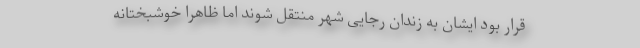
قرار بود ایشان به زندان رجایی شهر منتقل شوند اما ظاهراً خوشبختانه